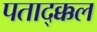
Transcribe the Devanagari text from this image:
पताद्क्कल